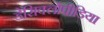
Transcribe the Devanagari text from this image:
डेसिक्लोपीडिया